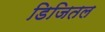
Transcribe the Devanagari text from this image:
डिजितल